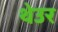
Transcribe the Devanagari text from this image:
थेउर